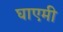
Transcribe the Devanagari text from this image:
घाएमी